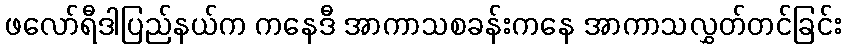
ဖလော်ရီဒါပြည်နယ်က ကနေဒီ အာကာသစခန်းကနေ အာကာသလွှတ်တင်ခြင်း